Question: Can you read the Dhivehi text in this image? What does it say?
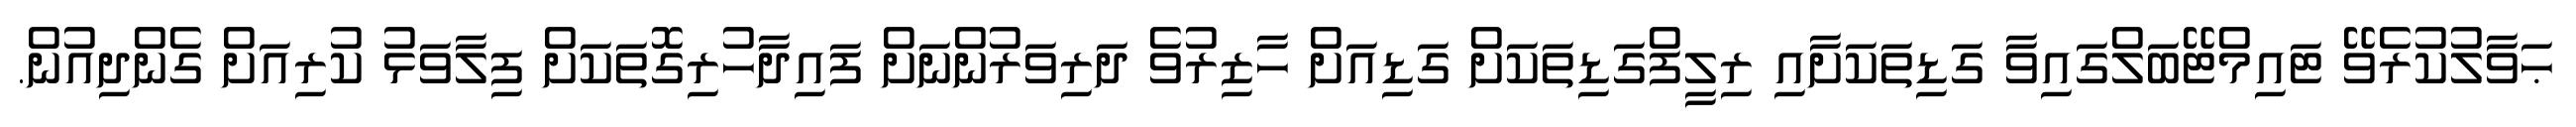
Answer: ޙަވާލުކުރެވޭ ޓައިމްޓޭބަލްގައިވާ ގަޑިތަކަށާއި ރިލީފްގަޑިތަކަށް ގަޑިއަށް ހާޒިރުވެ ދަރިވަރުންނަށް ފައިދާހުރިގޮތަކަށް ފިލާވަޅު ކުރިއަށް ގެންދިއުން.